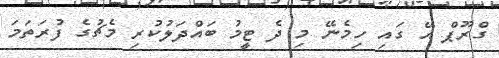
ގްރޫޕް އޭ ގައި ހިމެނޭ މި ދެ ޓީމު ބައްދަލުކުރި މެޗުގެ ފުރަތަމަ